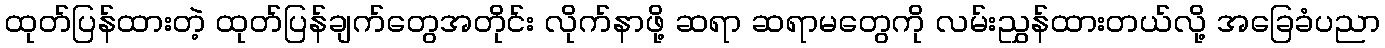
ထုတ်ပြန်ထားတဲ့ ထုတ်ပြန်ချက်တွေအတိုင်း လိုက်နာဖို့ ဆရာ ဆရာမတွေကို လမ်းညွှန်ထားတယ်လို့ အခြေခံပညာ